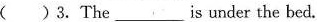
( )3. The ___is under the bed.